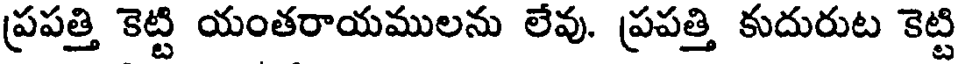
ప్రపత్తి కెట్టి యంతరాయములను లేవు. ప్రపత్తి కుదురుట కెట్టి